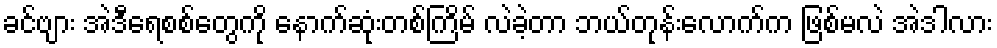
ခင်ဗျား အဲဒီရေစစ်တွေကို နောက်ဆုံးတစ်ကြိမ် လဲခဲ့တာ ဘယ်တုန်းလောက်က ဖြစ်မလဲ အဲဒါလား